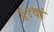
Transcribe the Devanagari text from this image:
६९वां